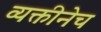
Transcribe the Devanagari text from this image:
व्यक्तीनेच